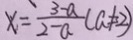
x = \frac { 3 - a } { 2 - a } ( a \neq 2 )